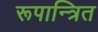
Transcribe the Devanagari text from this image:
रूपान्त्रित